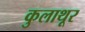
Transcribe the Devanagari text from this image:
कुलाथूर